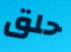
حلق